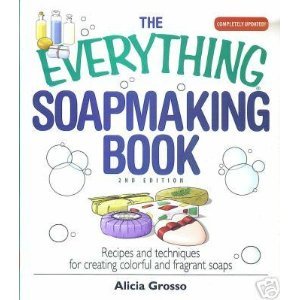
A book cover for Everything Soapmaking Book : Recipes and Techniques for Creating Colorful and Fragrant Soaps; Alicia Grosso; Crafts, Hobbies & Home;